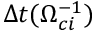
\Delta t ( \Omega _ { c i } ^ { - 1 } )